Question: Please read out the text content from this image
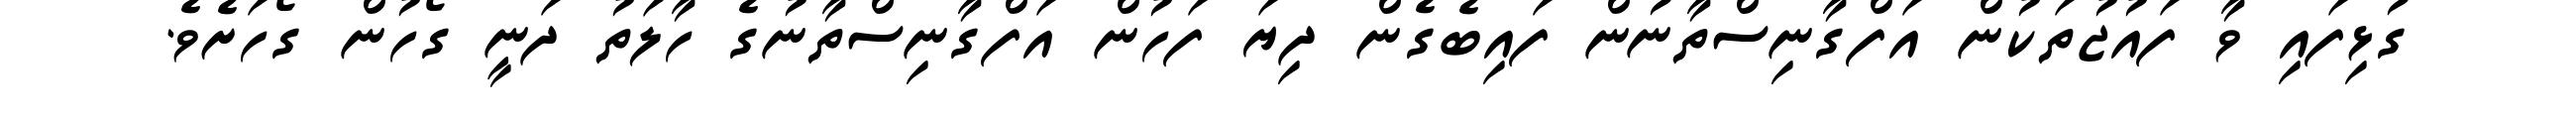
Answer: ގުޅިފައި ވާ ފައުޖުތަކުން އަފްގާނިސްތާނުން ފައިބެގެން ދިޔަ ފަހުން އަފްގާނިސްތާނުގެ ހާލަތު ދަނީ ގޯހުން ގޯހަށެވެ.